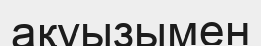
ақуызымен